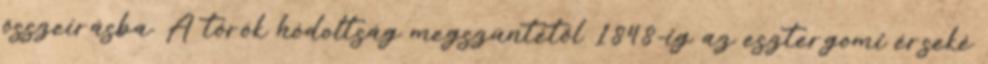
összeírásba. A török hódoltság megszüntétől 1848-ig az esztergomi érseké